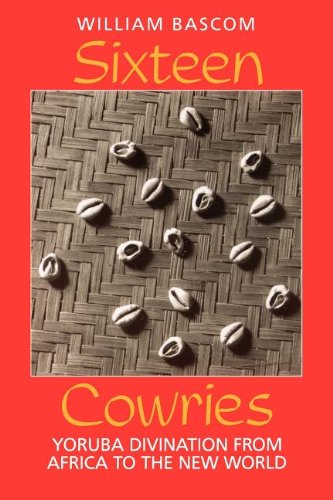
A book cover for Sixteen Cowries: Yoruba Divination from Africa to the New World; William W. Bascom; Literature & Fiction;